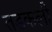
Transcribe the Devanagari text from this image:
तडकली